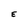
Character: E